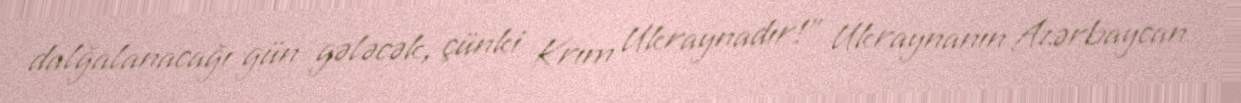
dalğalanacağı gün gələcək, çünki Krım Ukraynadır!” Ukraynanın Azərbaycan